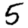
Digit: 5